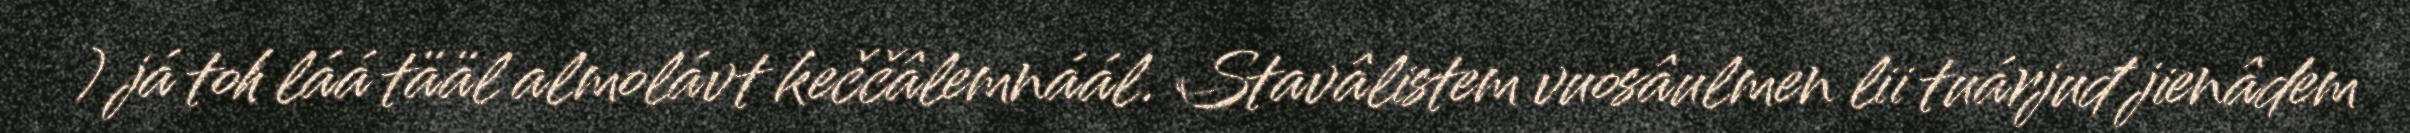
) já toh láá tääl almolávt keččâlemnáál. Stavâlistem vuosâulmen lii tuárjuđ jienâdem